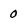
Character: 0